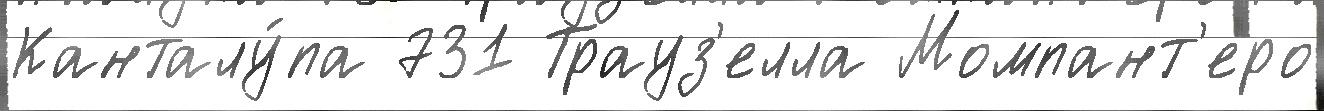
Канталу́па 731 Трауз'елла Момпант'еро